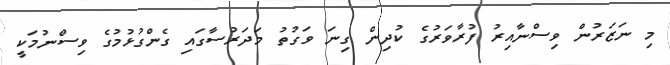
މި ނަޒަރުން ވިސްނާއިރު ފުރާވަރުގެ ކުދިން ގިނަ ވަގުތު މަދަރުސާގައި ގެންގުޅުމުގެ ވިސްނުމަކީ